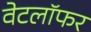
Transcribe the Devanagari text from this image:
वेटलॉफर